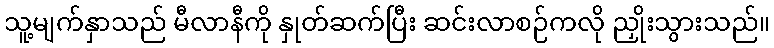
သူ့မျက်နှာသည် မီလာနီကို နှုတ်ဆက်ပြီး ဆင်းလာစဉ်ကလို ညှိုးသွားသည်။